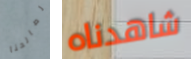
لصالحنا شاهدناه